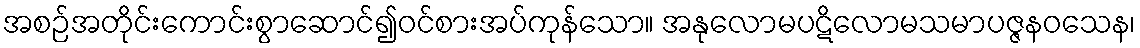
အစဉ်အတိုင်းကောင်းစွာဆောင်၍ဝင်စားအပ်ကုန်သော။ အနုလောမပဋိလောမသမာပဇ္ဇနဝသေန၊